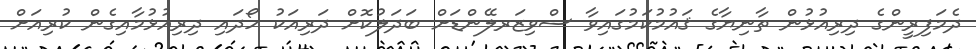
ދެމަފިރީންގެ ދިރިއުޅުން ތާނިޔާގެ ޤައުމުކަމުގައިވާ ސްވިޒަރލޭންޑަށް ބަދަލުކޮށް ދަރިއަކު ހޯދައި ދިރިއުޅުމާއިގެން ކުރިއަށް